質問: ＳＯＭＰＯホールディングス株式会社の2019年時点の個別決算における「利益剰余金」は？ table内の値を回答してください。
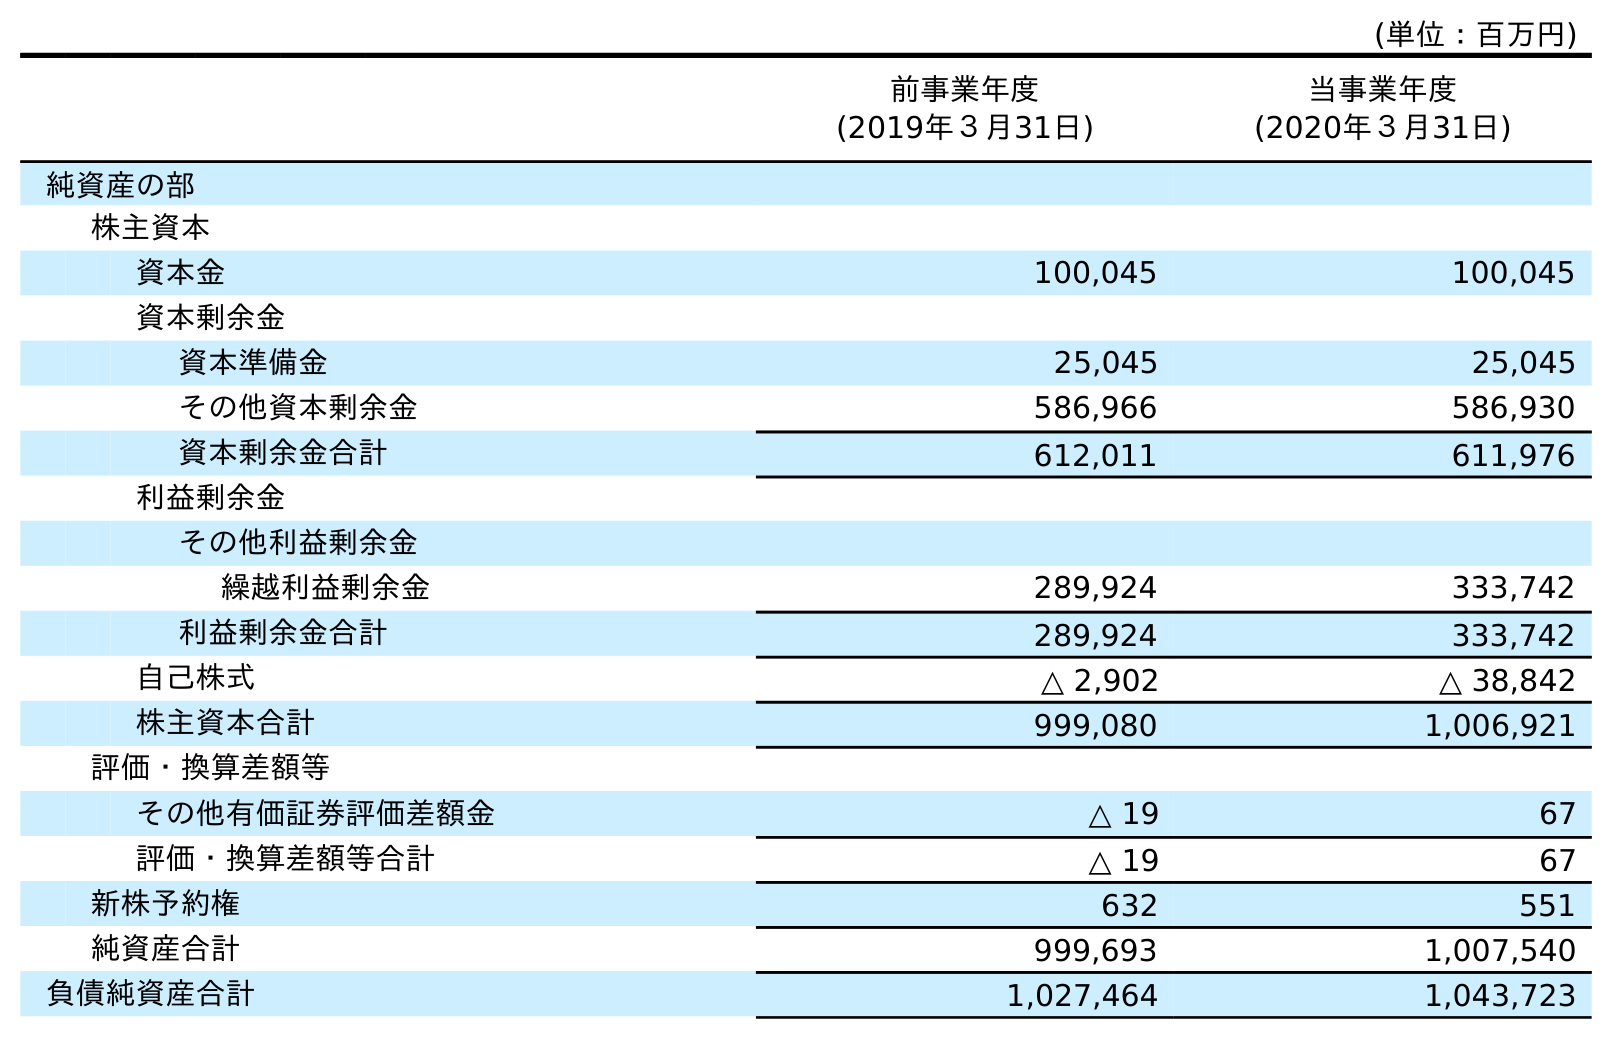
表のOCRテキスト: (単位：百万円) 前事業年度 (2019年３月31日) 当事業年度 (2020年３月31日) 純資産の部 株主資本 資本金 100,045 100,045 資本剰余金 資本準備金 25,045 25,045 その他資本剰余金 586,966 586,930 資本剰余金合計 612,011 611,976 利益剰余金 その他利益剰余金 繰越利益剰余金 289,924 333,742 利益剰余金合計 289,924 333,742 自己株式 △ 2,902 △ 38,842 株主資本合計 999,080 1,006,921 評価・換算差額等 その他有価証券評価差額金 △ 19 67 評価・換算差額等合計 △ 19 67 新株予約権 632 551 純資産合計 999,693 1,007,540 負債純資産合計 1,027,464 1,043,723
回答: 289,924